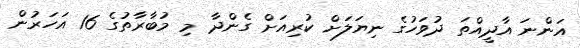
އަންނަ އާދީއްތަ ދުވަހުގެ ނިޔަލަށް ކުރިއަށް ގެންދާ މި މުބާރާތުގެ 16 އަހަރުން